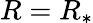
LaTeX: R=R_{*}